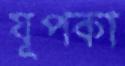
যূপকা